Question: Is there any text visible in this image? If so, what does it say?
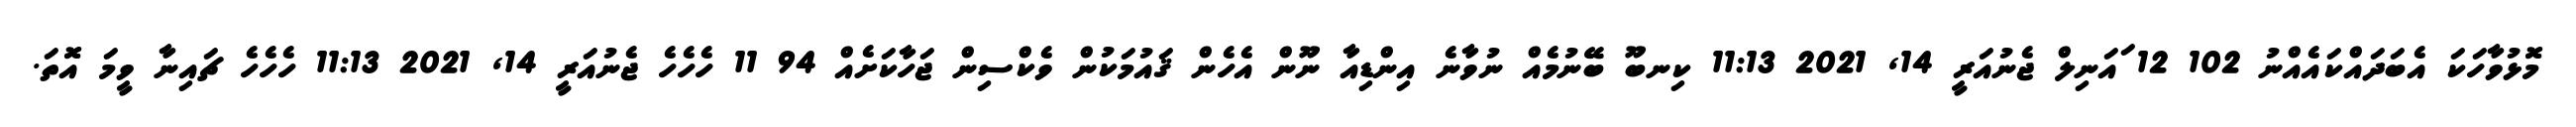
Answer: މޮޅުވާހަކަ އެބަދައްކައެއްނު 102 12 ައަނިލް ޖެނުއަރީ 14, 2021 11:13 ކިނބޫ ބޭނުމެއް ނުވާނެ އިންޑިއާ ނޫން އެހެން ޤައުމަކުން ވެކްސިން ޖަހާކަށެއް 94 11 ހެހެހެ ޖެނުއަރީ 14, 2021 11:13 ހެހެހެ ޗައިނާ ވީމަ އޮތަ.